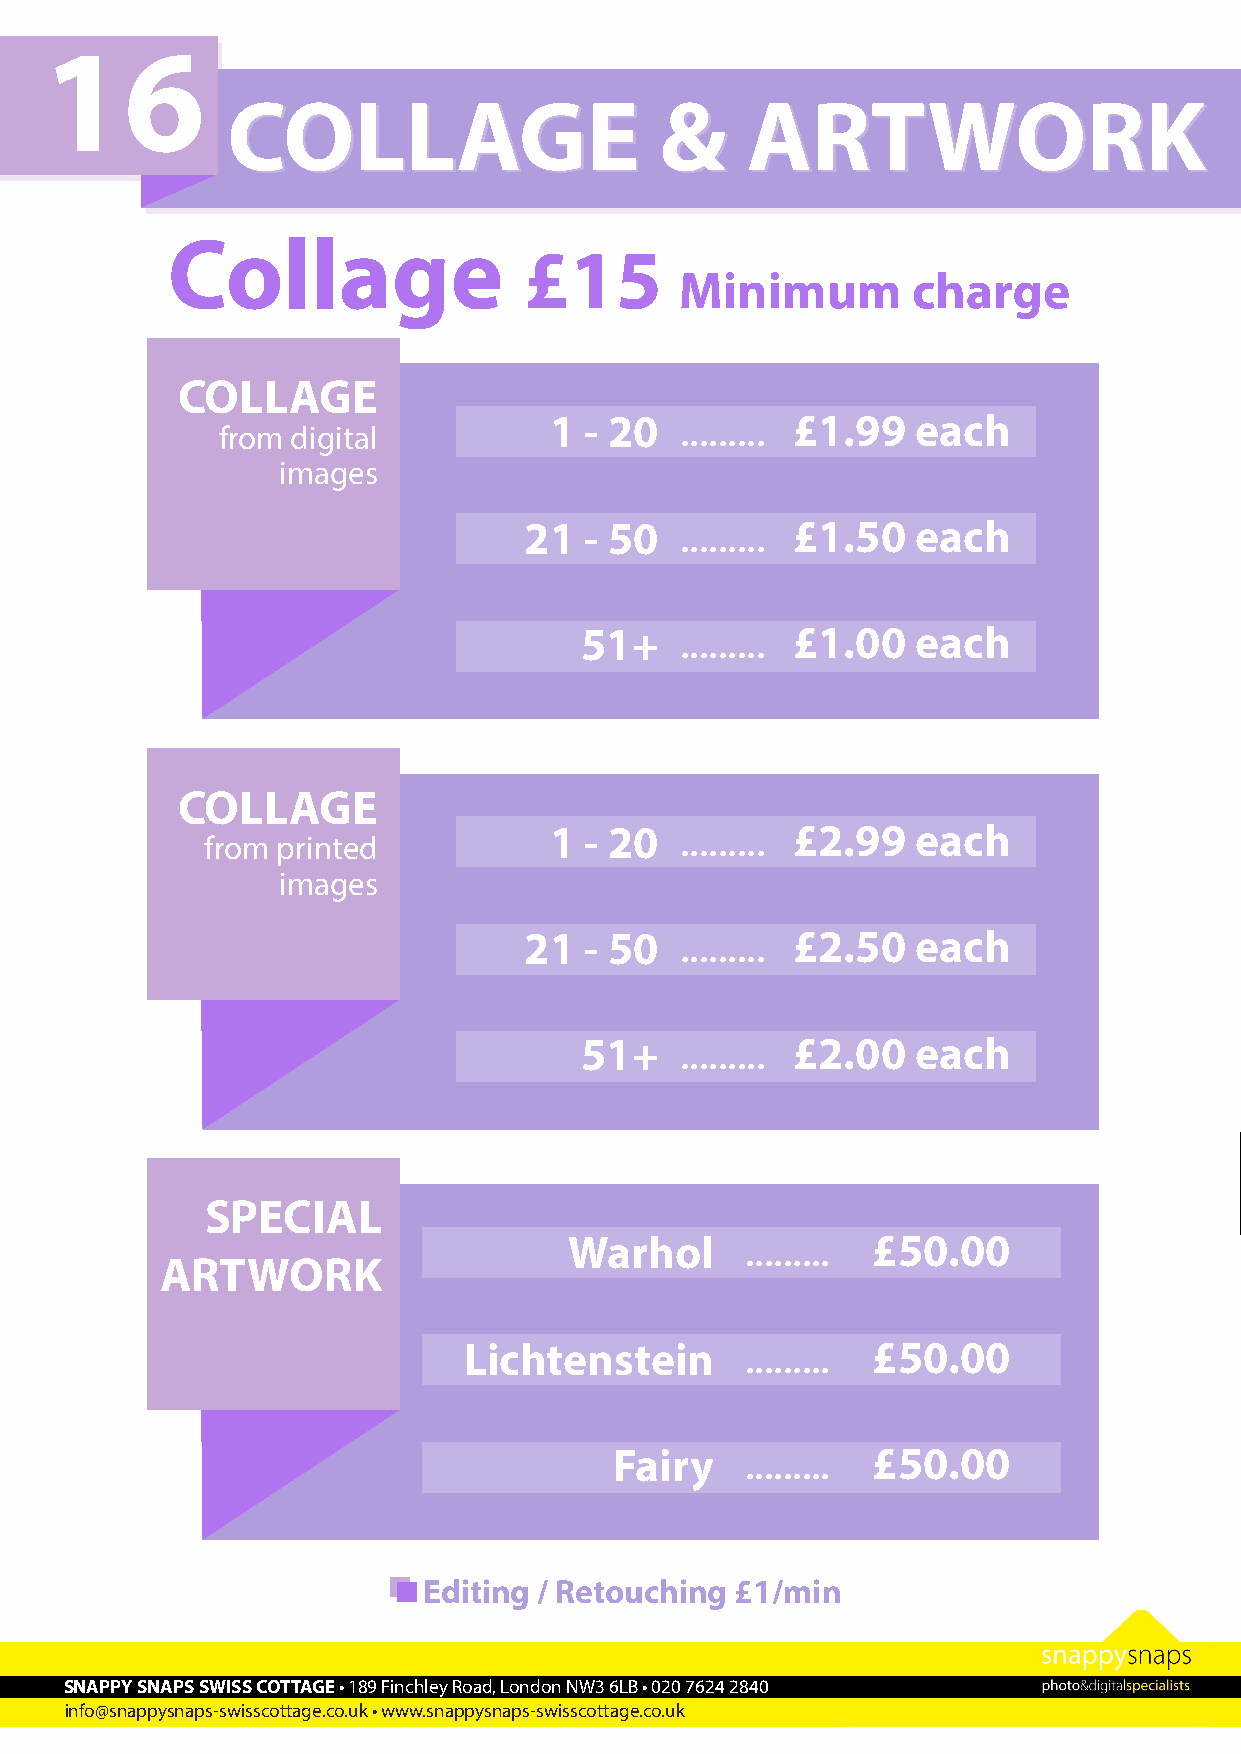
16
 CCOOLLLLAAGGEE               &&   AARRTTWWOORRKK
 Collage
 £15
 Minimum        charge
 COLLAGE
 1  - 20  ......... £1.99 each
 from digital
 images
 21  - 50  ......... £1.50 each
 51+    ......... £1.00 each
 COLLAGE
 1  - 20  ......... £2.99 each
 from printed
 images
 21  - 50  ......... £2.50 each
 51+    ......... £2.00 each
 SPECIAL
 Warhol     ......... £50.00
 ARTWORK
 Lichtenstein      ......... £50.00
 Fairy   ......... £50.00
 Editing / Retouching £1/min
 SNAPPY SNAPS SWISS COTTAGE • 189 Finchley Road, London NW3 6LB • 020 7624 2840
 info@snappysnaps-swisscottage.co.uk • www.snappysnaps-swisscottage.co.uk